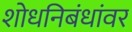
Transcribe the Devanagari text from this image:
शोधनिबंधांवर